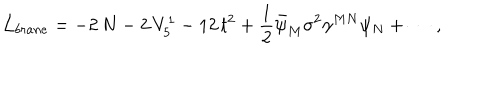
\mathcal { L } _ { b r a n e } = - 2 \, N - 2 \, V _ { 5 } ^ { 1 } - 1 2 \, t ^ { 2 } + \frac { 1 } { 2 } \bar { \psi } _ { M } \sigma ^ { 2 } \gamma ^ { M N } \psi _ { N } + \cdots \, ,